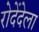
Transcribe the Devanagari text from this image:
रोदेंदेला